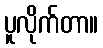
ပူလိုက်တာ။